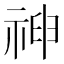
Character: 𥚞